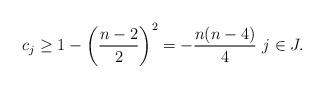
LaTeX: \begin{align*}c_j\geq 1-\left(\frac{n-2}{2}\right)^2 = -\frac{n(n-4)}{4} \, \, j\in J.\end{align*}